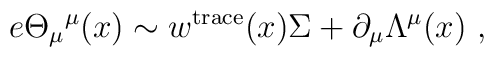
e \Theta_\mu{}^\mu(x) \sim    w^{\rm trace}(x)\Sigma + \partial_\mu\Lambda^\mu(x)\ ,